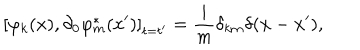
LaTeX: \left[ \varphi _ { k } ( x ) , \partial _ { 0 } \varphi _ { m } ^ { * } ( x ^ { \prime } ) \right] _ { t = t ^ { \prime } } = \frac { i } { m } \delta _ { k m } \delta ( \mathbf { x } - \mathbf { x } ^ { \prime } ) ,